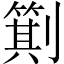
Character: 𪟕